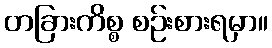
တခြားကိစ္စ စဉ်းစားရမှာ။